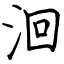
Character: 洄